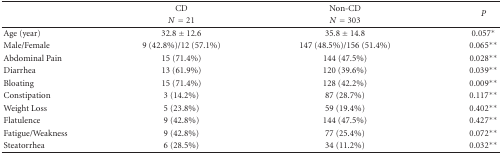
<table><thead><tr><td></td><td><b>CD</b></td><td><b>Non-CD</b></td><td rowspan="2"><b><i><i>P</i></i></b></td></tr><tr><td></td><td><b><i>N</i> = 21</b></td><td><b><i>N</i> = 303</b></td></tr></thead><tbody><tr><td>Age (year)</td><td>32.8 ± 12.6</td><td>35.8 ± 14.8</td><td>0.057*</td></tr><tr><td>Male/Female</td><td>9 (42.8%)/12 (57.1%)</td><td>147 (48.5%)/156 (51.4%)</td><td>0.065**</td></tr><tr><td>Abdominal Pain</td><td>15 (71.4%)</td><td>144 (47.5%)</td><td>0.028**</td></tr><tr><td>Diarrhea</td><td>13 (61.9%)</td><td>120 (39.6%)</td><td>0.039**</td></tr><tr><td>Bloating</td><td>15 (71.4%)</td><td>128 (42.2%)</td><td>0.009**</td></tr><tr><td>Constipation</td><td>3 (14.2%)</td><td>87 (28.7%)</td><td>0.117**</td></tr><tr><td>Weight Loss</td><td>5 (23.8%)</td><td>59 (19.4%)</td><td>0.402**</td></tr><tr><td>Flatulence</td><td>9 (42.8%)</td><td>144 (47.5%)</td><td>0.427**</td></tr><tr><td>Fatigue/Weakness</td><td>9 (42.8%)</td><td>77 (25.4%)</td><td>0.072**</td></tr><tr><td>Steatorrhea</td><td>6 (28.5%)</td><td>34 (11.2%)</td><td>0.032**</td></tr></tbody></table>